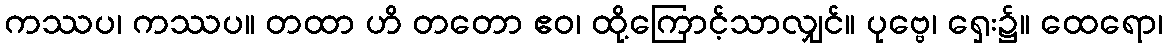
ကဿပ၊ ကဿပ။ တထာ ဟိ တတော ဧဝ၊ ထို့ကြောင့်သာလျှင်။ ပုဗ္ဗေ၊ ရှေး၌။ ထေရော၊